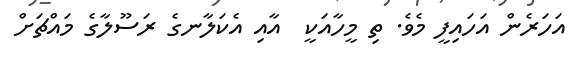
އަހަރެން އަހައިފީ މެވެ. ތި މީހާއަކީ  އާއި އެކަލާނގެ ރަސޫލާގެ މައްޗަށް